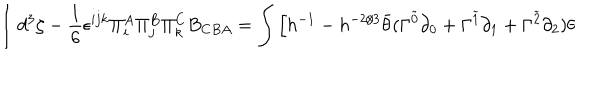
LaTeX: \int d ^ { 3 } \zeta - \frac { 1 } { 6 } \epsilon ^ { i j k } \Pi _ { i } ^ { A } \Pi _ { j } ^ { B } \Pi _ { k } ^ { C } B _ { C B A } = \int \Big [ h ^ { - 1 } - h ^ { - 2 / 3 } \bar { \theta } ( \Gamma ^ { \tilde { 0 } } \partial _ { 0 } + \Gamma ^ { \tilde { 1 } } \partial _ { 1 } + \Gamma ^ { \tilde { 2 } } \partial _ { 2 } ) \theta